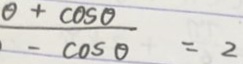
\frac { \theta + \cos \theta } { - \cos \theta } = 2